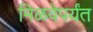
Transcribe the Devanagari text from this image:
मिळवेपर्यंत